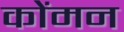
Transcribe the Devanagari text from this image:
कोंमन